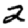
Digit: 2